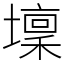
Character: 壈